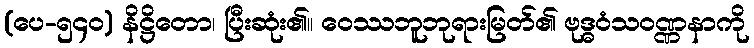
(ပေ-၅၄၀) နိဋ္ဌိတော၊ ပြီးဆုံး၏။ ဝေဿဘူဘုရားမြတ်၏ ဗုဒ္ဓဝံသဝဏ္ဏနာကို